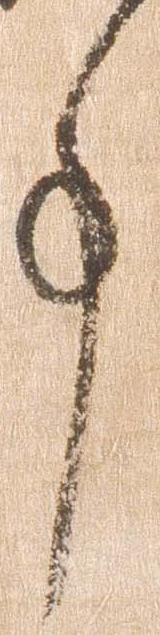
事